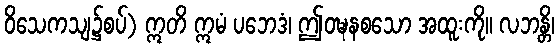
ဝိသေကသျ၌စပ်) ဣတိ ဣမံ ပဘေဒံ၊ ဤဝဍ္ဎနစသော အထူးကို။ လဘန္တိ၊